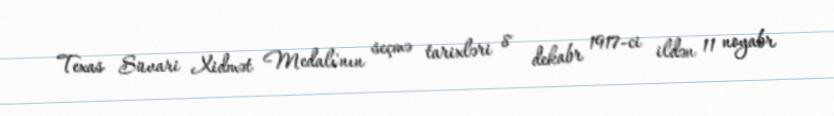
Texas Süvari Xidmət Medalı'nın seçmə tarixləri 8 dekabr 1917-ci ildən 11 noyabr